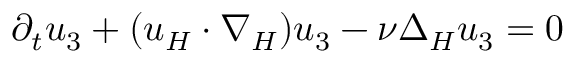
\partial _ { t } u _ { 3 } + ( u _ { H } \cdot \nabla _ { H } ) u _ { 3 } - \nu \Delta _ { H } u _ { 3 } = 0